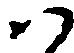
ハ